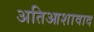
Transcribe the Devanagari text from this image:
अतिआशावाद